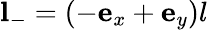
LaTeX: \mathbf{l}_{-}=(-\mathbf{e}_{x}+\mathbf{e}_{y})l